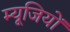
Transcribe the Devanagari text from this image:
म्यूजियों